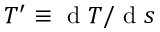
T ^ { \prime } \equiv \textrm { d } T / \textrm { d } s